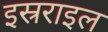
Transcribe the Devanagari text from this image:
इस्रराइल